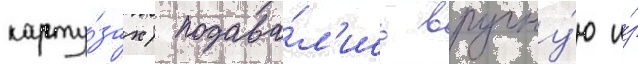
карту́зах) подава́л'ись вручну́ю и́з